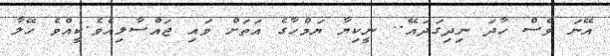
އޭނަ ވެސް ހާދަ ނިދިގަދައޭ.. ނީކިޔާ ޔަމްހާގެ އަތަށް ވައި ޖައްސާލިއެވެ.ކީއްވެ ހޭލާ